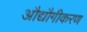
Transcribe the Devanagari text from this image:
औद्यौगीकरण